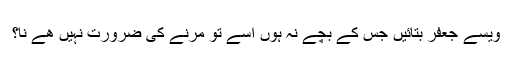
ویسے جعفر بتائیں جس کے بچے نہ ہوں اسے تو مرنے کی ضرورت نہیں ھے نا؟